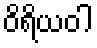
ဝိရိယဝါ